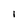
Character: l